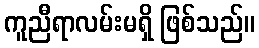
ကူညီရာလမ်းမရှိ ဖြစ်သည်။